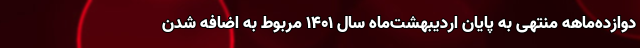
دوازده‌ماهه منتهی به پایان اردیبهشت‌ماه سال ۱۴۰۱ مربوط به اضافه شدن